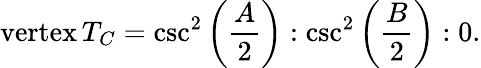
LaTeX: {\mathrm{vertex}}\, T_{C}=\csc^{2}\left({\frac{A}{2}}\right):\csc^{2}\left({\frac{B}{2}}\right):0.